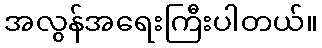
အလွန်အရေးကြီးပါတယ်။